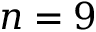
n = 9